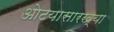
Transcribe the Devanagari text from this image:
ओटयासारख्या